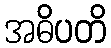
အဓိပတိ